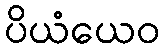
ပိယံယေဝ